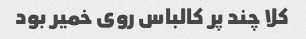
کلا چند پر کالباس روی خمیر بود